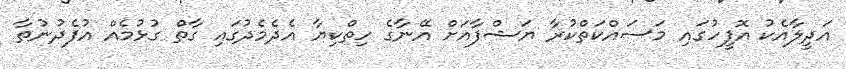
އަދީލާއެކު އޮފީހުގައި މަސައްކަތްކުރާ ޔަޝްފާއަށް އޭނާގެ ހިތްކިޔާ އެދެމެދުގައި ގާތް ގުޅުމެއް އުފެދުނުތާ